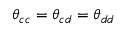
\theta _ { c c } = \theta _ { c d } = \theta _ { d d }